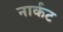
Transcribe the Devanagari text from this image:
नार्कट